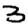
Digit: 3